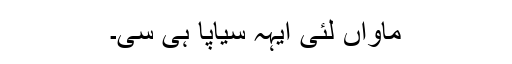
ماواں لئی ایہہ سیاپا ہی سی۔